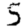
Digit: 5